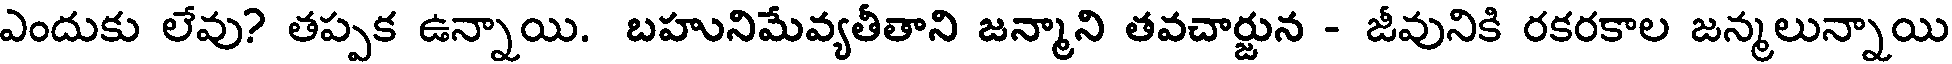
ఎందుకు లేవు? తప్పక ఉన్నాయి. బహునిమేవ్యతీతాని జన్మాని తవచార్జున - జీవునికి రకరకాల జన్మలున్నాయి